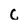
Character: C